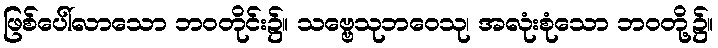
ဖြစ်ပေါ်လာသော ဘဝတိုင်း၌။ သဗ္ဗေသုဘဝေသု၊ အလုံးစုံသော ဘဝတို့၌။